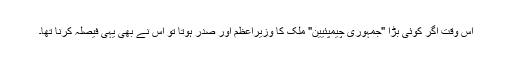
اس وقت اگر کوئی بڑا "جمہوری چیمپئیین" ملک کا وزیراعظم اور صدر ہوتا تو اس نے بھی یہی فیصلہ کرنا تھا۔